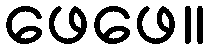
ဖေဖေ။